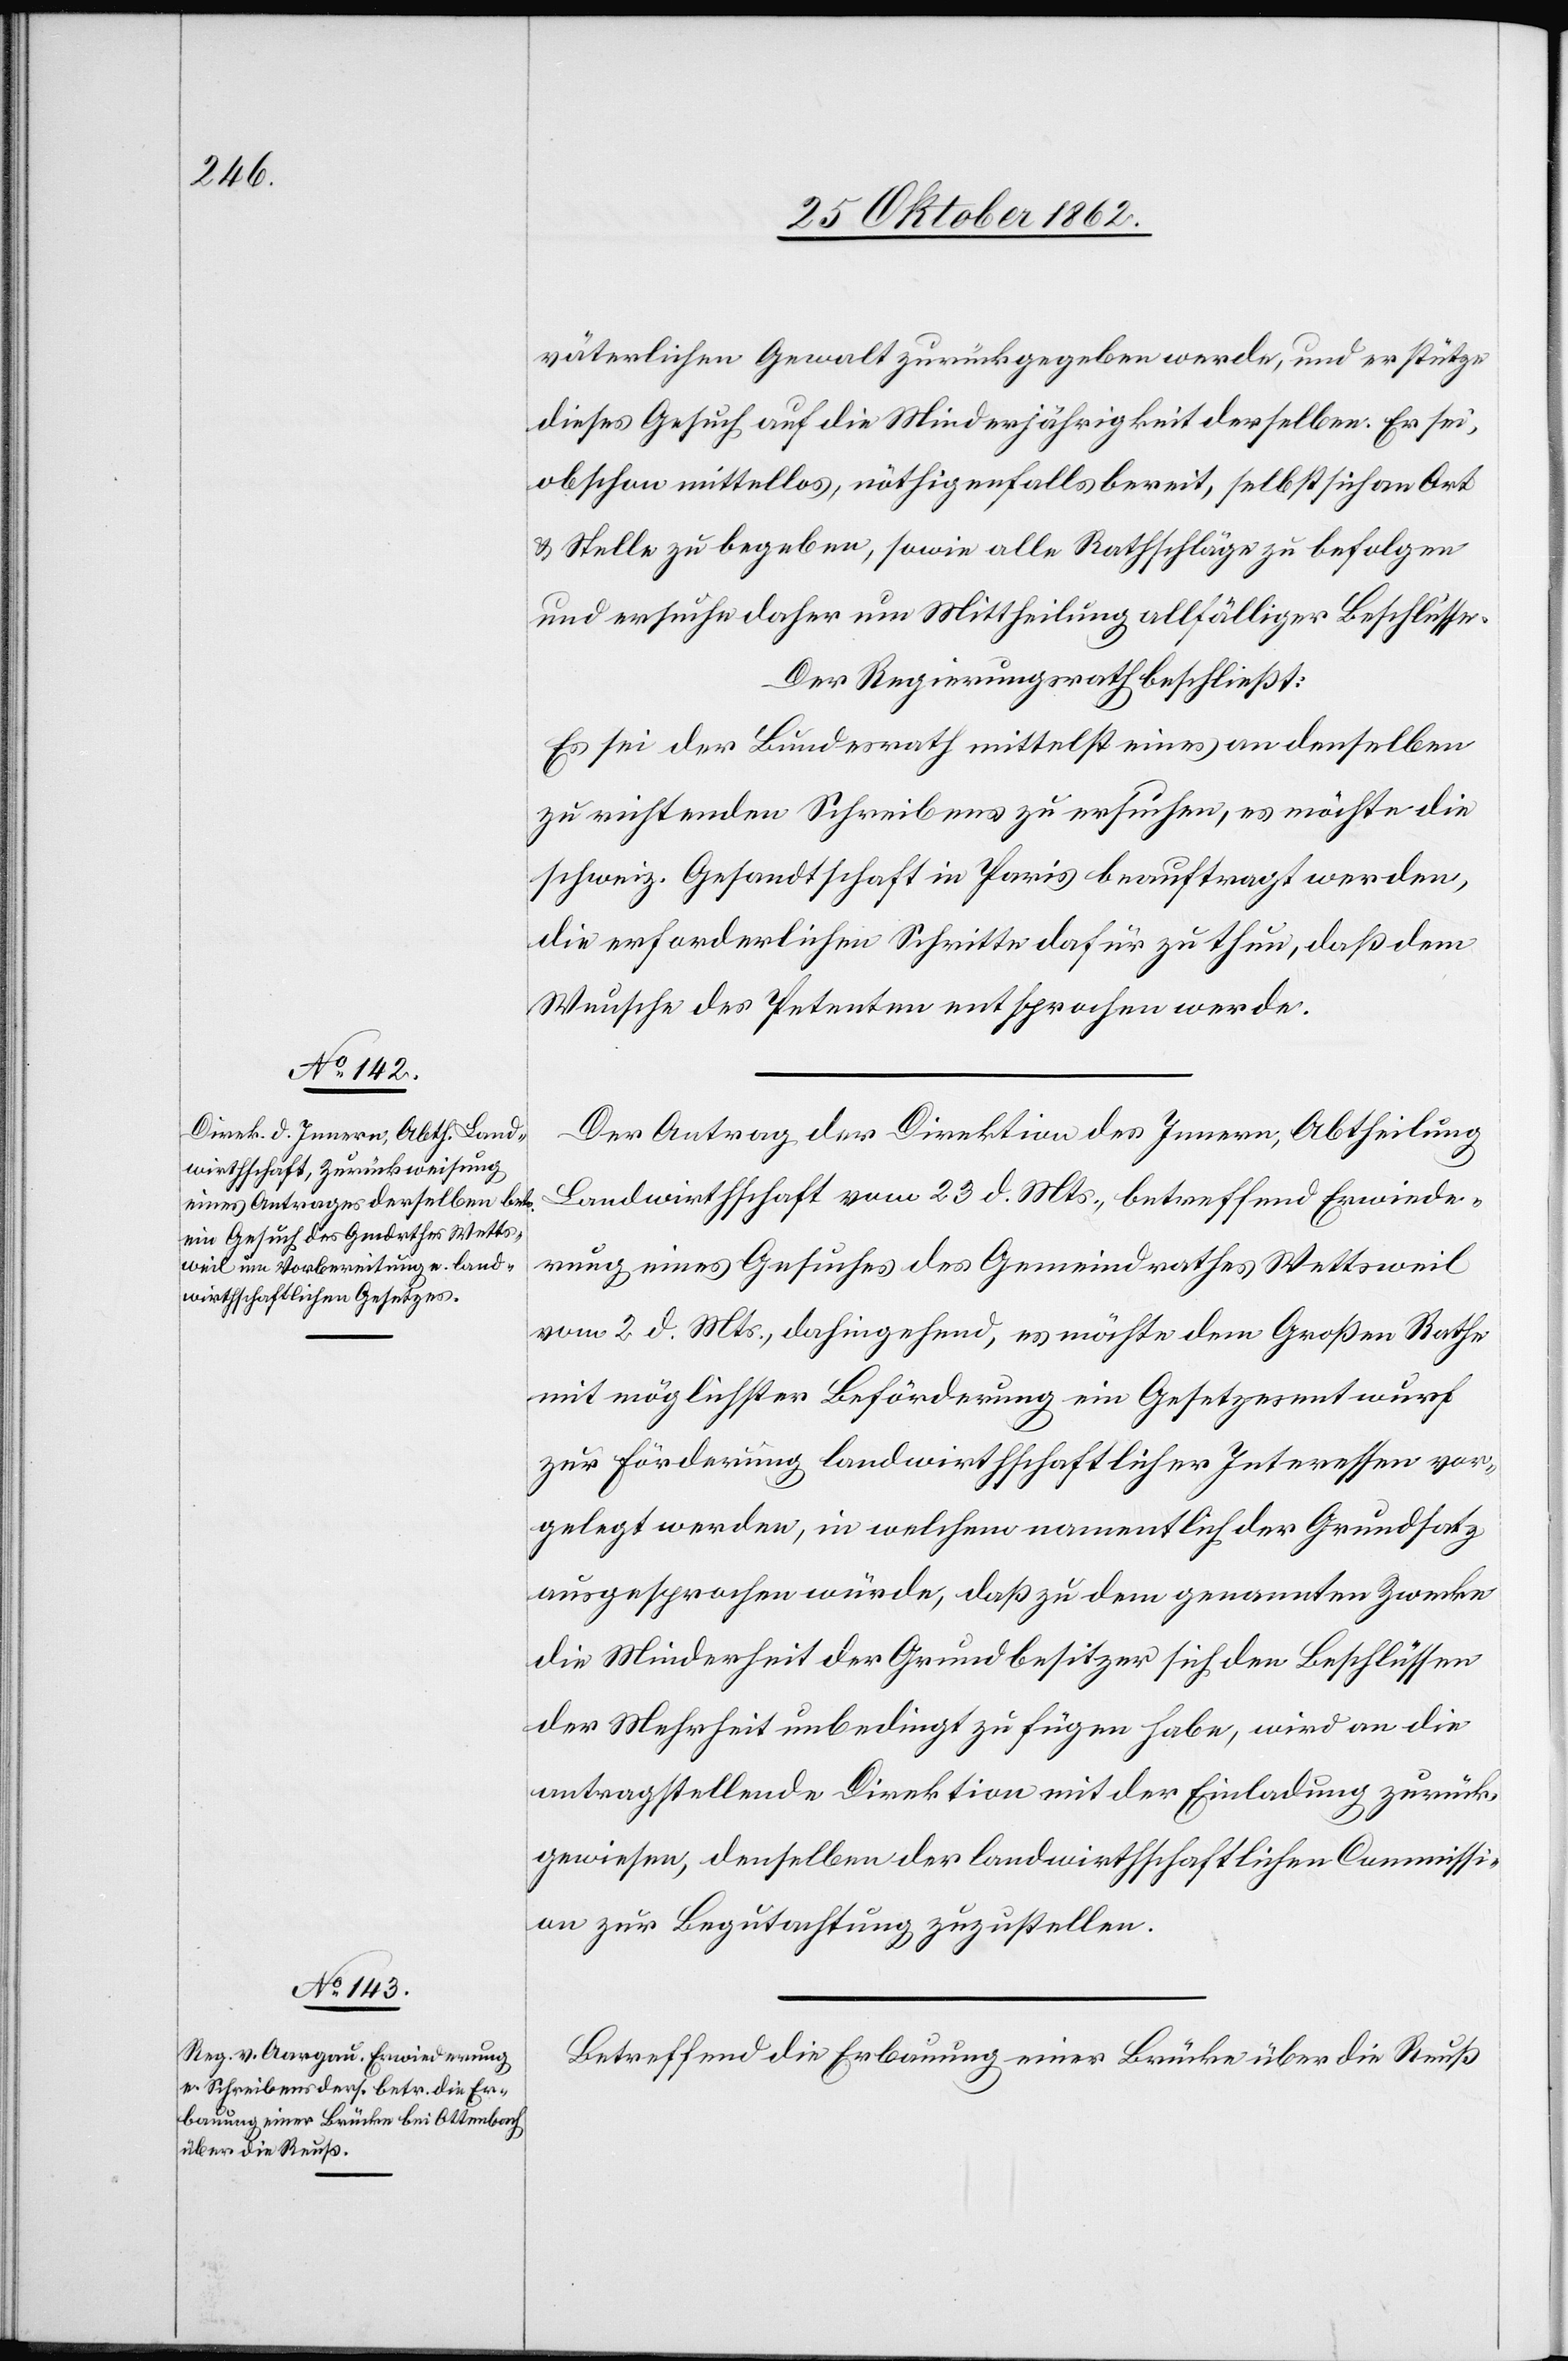
väterlichen Gewalt zurückgegeben werde, und er stütze
dieses Gesuch auf die Minderjährigkeit derselben. Er sei,
obschon mittellos, nöthigenfalls bereit, selbst sich an Ort
zu stelle zu begeben, sowie alle Rathschläge zu befolgen
und ersuche daher um Mittheilung allfälliger Beschlüsse.
Der Regierungsrath beschließt:
Es sei der Bundesrath mittelst eines an denselben
zu richtenden Schreibens zu ersuchen, es möchte die
schweiz. Gesandtschaft in Paris beauftragt werden,
die erforderlichen Schritte dafür zu thun, daß dem
Wunsche des Petenten entsprochen werde.
Der Antrag der Direktion des Innern, Abtheilung
Landwirthschaft vom 23. d. Mts., betreffend Erwiede¬
rung eines Gesuches des Gemeindrathes Wettsweil
vom 2. d. Mts., dahingehend, es möchte dem Großen Rathe
mit möglichster Beförderung ein Gesetzesentwurf
zur Förderung landwirthschaftlicher Interessen vor¬
gelegt werden, in welchem namentlich der Grundsatz
ausgesprochen würde, daß zu dem genannten Zwecke
die Minderheit der Grundbesitzer sich den Beschlüssen
der Mehrheit unbedingt zu fügen habe, wird an die
antragstellende Direktion mit der Einladung zurück¬
gewiesen, denselben der landwirtschaftlichen Commissi¬
on zur Begutachtung zuzustellen.
Betreffend die Erbauung einer Brücke über die Reuß